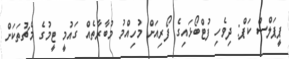
ޕީޕަލްސް ކަޕް: ދިވެހި ފުޓްބޯޅައިގެ ފޯރިއަށް މުހިއްމު މުބާރާތެއް ގައުމީ ޓީމުގެ މެޗުތަކަށް